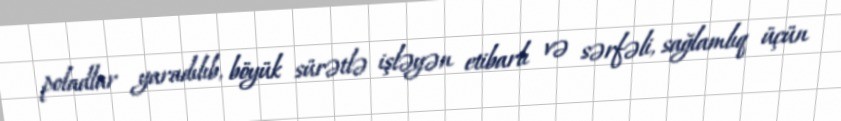
poladlar yaradılıb, böyük sürətlə işləyən etibarlı və sərfəli, sağlamlıq üçün